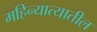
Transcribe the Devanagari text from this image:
महिन्यात्यातील